Lunatic asylums Punjab 1868-1880 - 1868-1880
Year: 1868
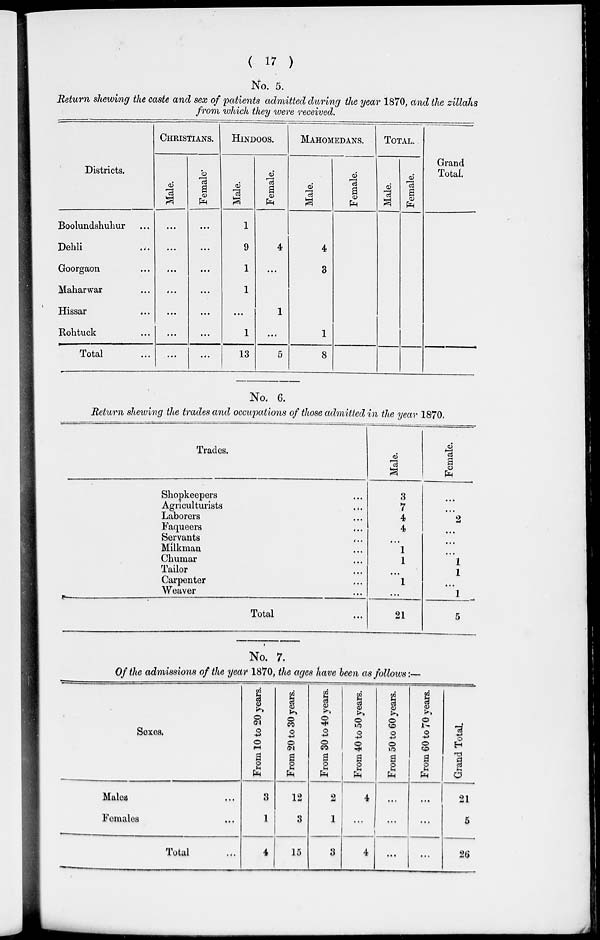
( 17 )
No. 5.
Return shewing the caste and sex of patients admitted during the year 1870, and the zillahs
from which they were received.
Districts.
Boolundshuhur ...
Dehli ...
Goorgaon ...
Maharwar ...
Hissar
...
Rohtuck ...
Total ...
CHRISTIANS.
Male.
...
...
...
...
...
...
...
Female.
...
...
...
...
...
...
...
HINDOOS.
Male.
1
9
1
1
...
1
13
Female.
4
...
1
...
5
MAHOMEDANS.
Male.
4
3
1
8
Female.
TOTAL.
Male.
Female.
Grand
Total.
No. 6.
Return shewing the trades and occupations of those admitted in the year 1870.
Trades.
Shopkeepers ...
Agriculturists
...
Laborers ...
Faqueers
...
Servants
...
Milkman ...
Chumar ...
Tailor ...
Carpenter ...
Weaver ...
Total...
Male.
3
7
4
4
...
1
1
...
1
...
21
Female.
...
...
2
...
...
...
1
1
...
1
5
No. 7.
Of the admissions of the year 1870, the ages have been as follows:—
Sexes.
Males...
Females...
Total ...
From 10 to 20 years.
3
1
4
From 20 to 30 years.
12
3
15
From 30 to 40 years.
2
1
3
From 40 to 50 years.
4
...
4
From 50 to 60 years.
...
...
...
From 60 to 70 years.
...
...
...
Grand Total.
21
5
26